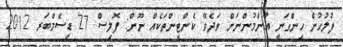
ފުލުހުން ހިންގަނީ އާންމުންނަށް ވަދެވޭ ކެންޓީންތަކެއް ނޫން: ޕޮލިސް 27 ޑިސެމްބަރ 2012